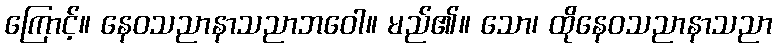
ကြောင့်။ နေဝသညာနာသညာဘဝေါ။ မည်၏။ သော၊ ထိုနေဝသညာနာသညာ